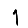
Digit: 1